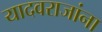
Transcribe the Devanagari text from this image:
यादवराजांना